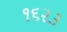
૧૬૨૩